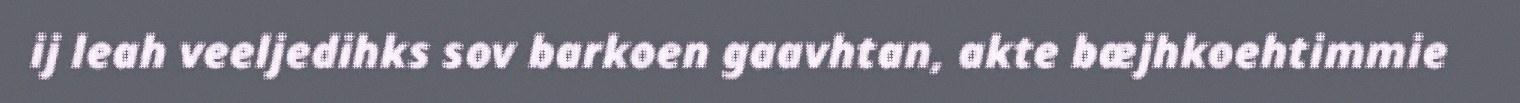
ij leah veeljedihks sov barkoen gaavhtan, akte bæjhkoehtimmie